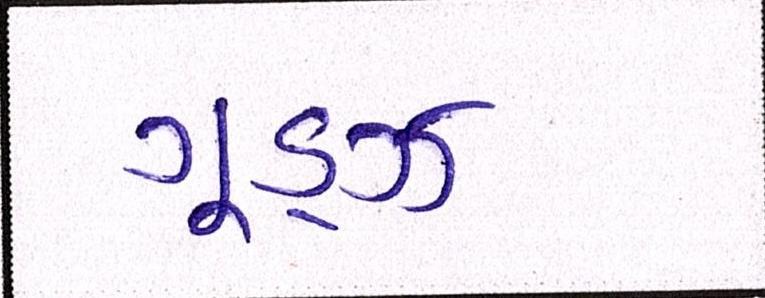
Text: ગૂડ્ઝ